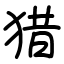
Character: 猎